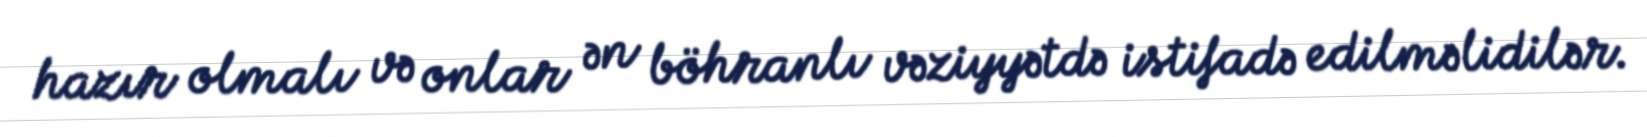
hazır olmalı və onlar ən böhranlı vəziyyətdə istifadə edilməlidilər.